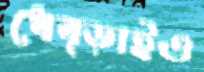
ধেব্‌ড়াইও